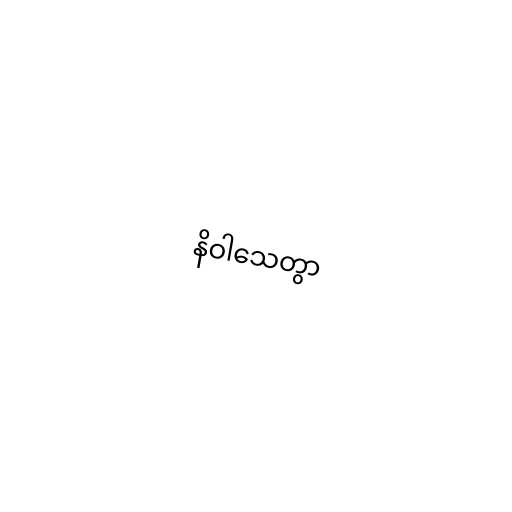
နိဝါသေတွာ